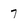
Character: 7